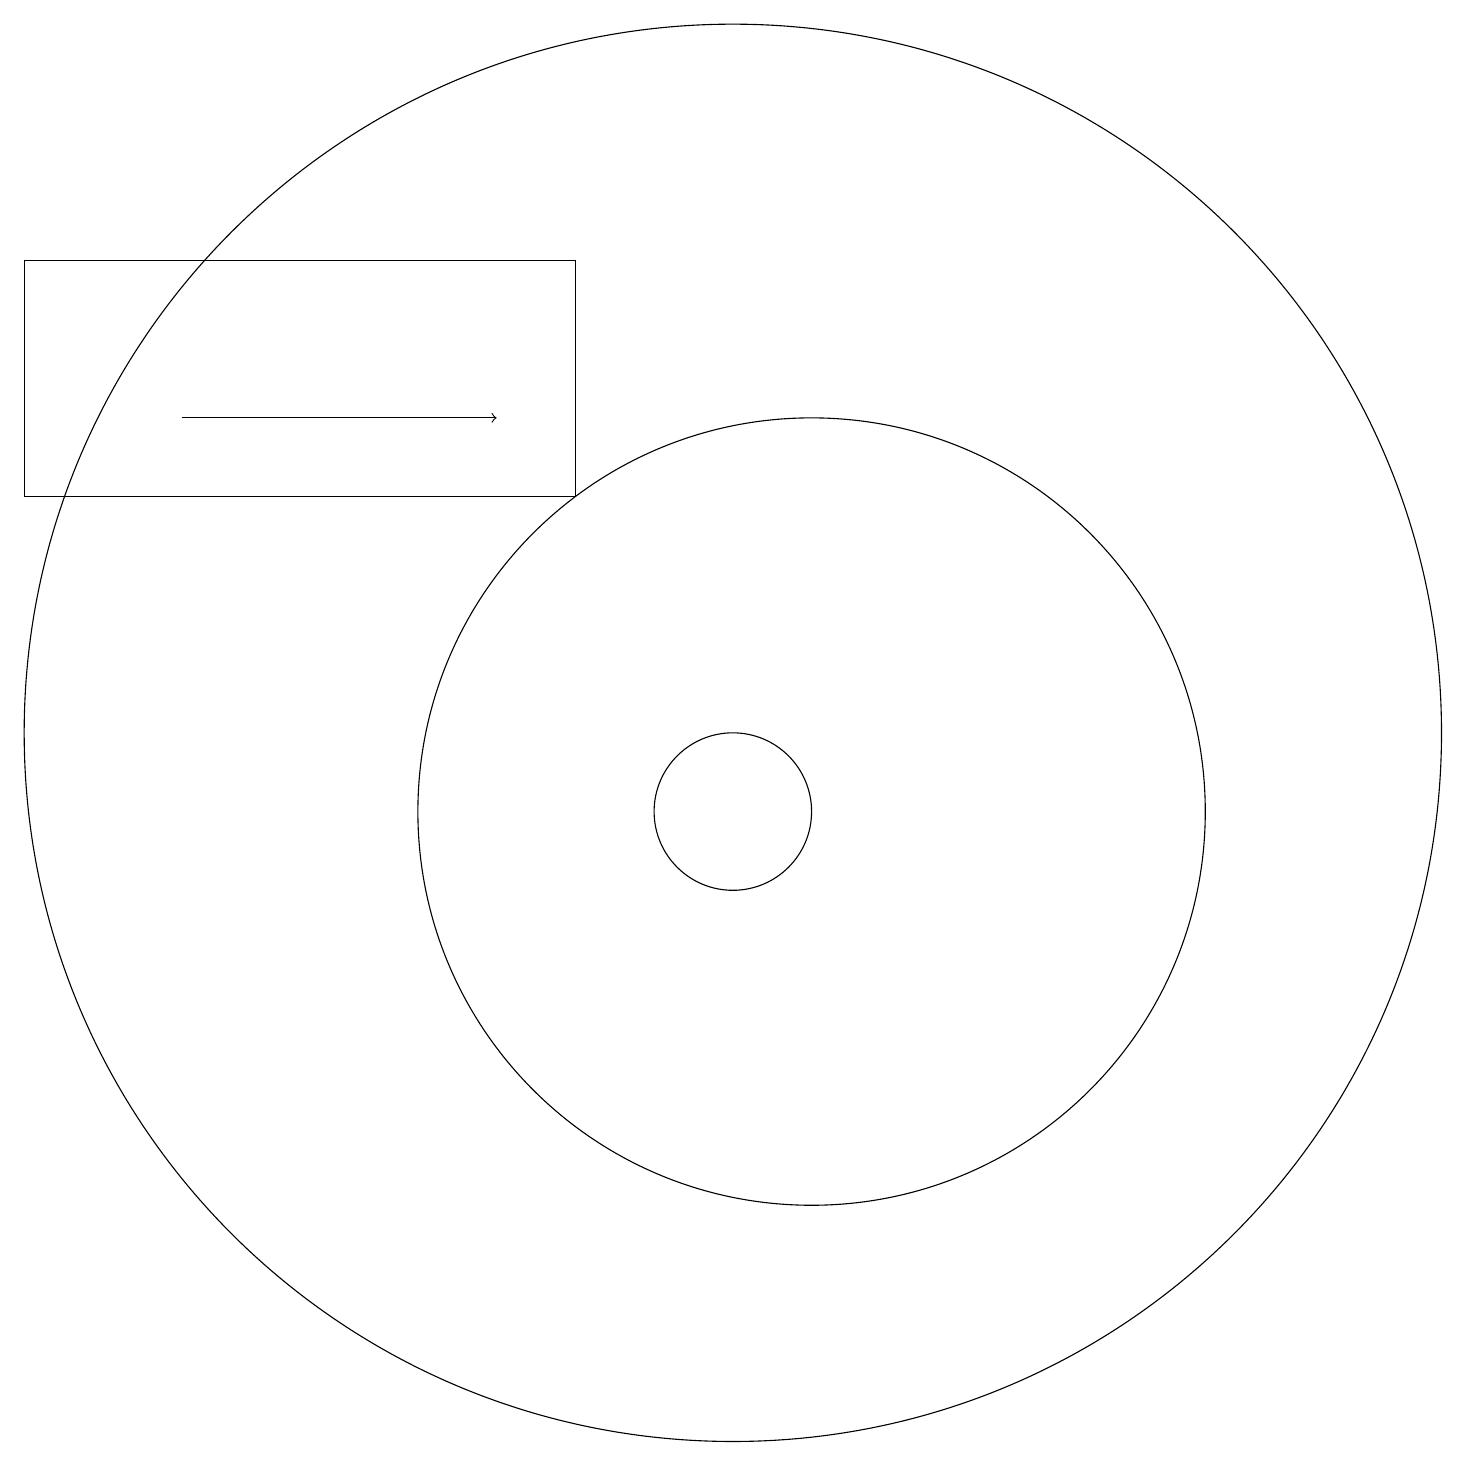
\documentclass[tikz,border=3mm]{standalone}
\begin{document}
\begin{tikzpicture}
\draw (10,11) circle (9);
\draw (10,10) circle (1);
\draw (11,10) circle (5);
\draw[->] (3,15) -- (7,15);
\draw (8,14) rectangle (1,17);
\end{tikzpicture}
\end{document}